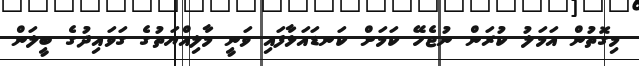
މިގޮތުން އަމަލު ކުރަން ނުޖެހޭ ކަމަށް ކަނޑައަޅާފައި ވަނީ މާލިއްޔަތުގެ ގަވައިދުގެ ބީލަން